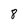
Character: 8